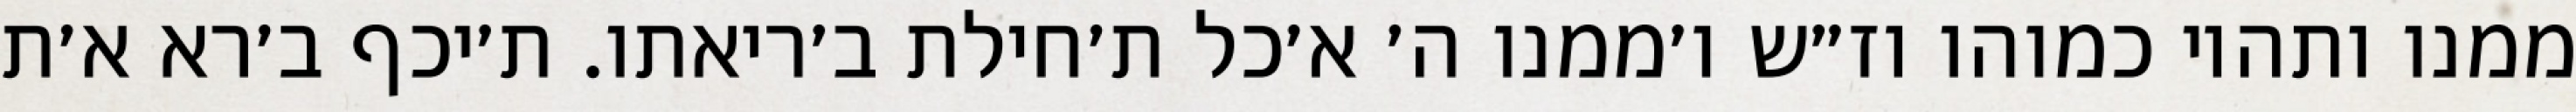
ממנו ותהיו כמוהו וז״ש ו׳ממנו ה׳ א׳כל ת׳חילת ב׳ריאתו. ת׳יכף ב׳רא א׳ת